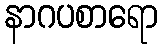
နာဂပစာရော